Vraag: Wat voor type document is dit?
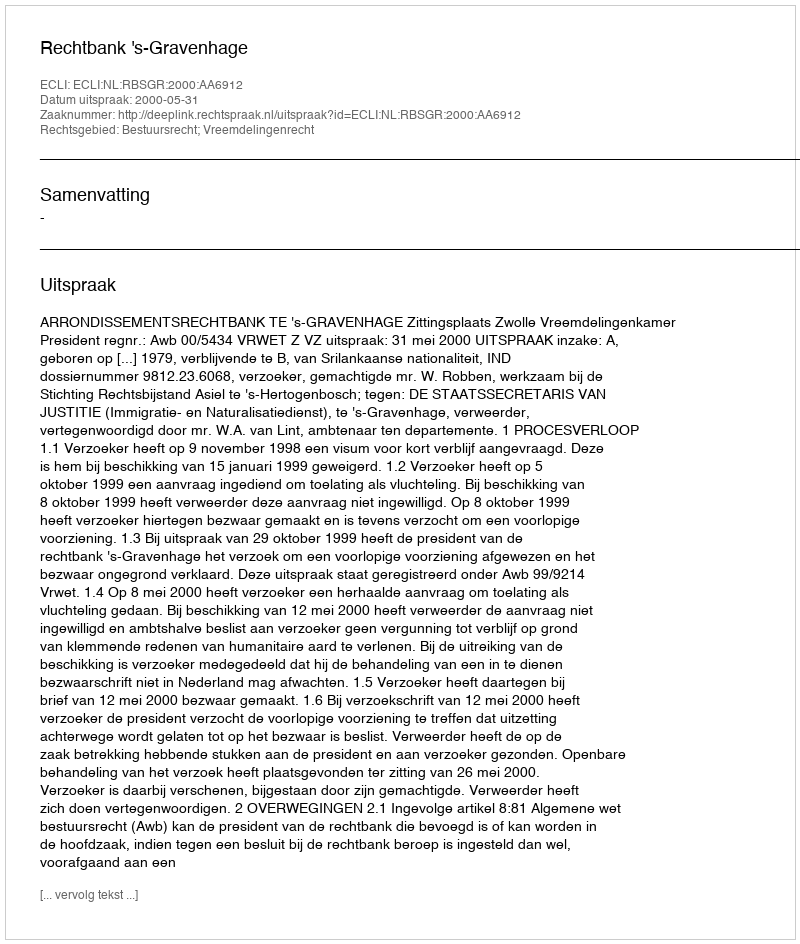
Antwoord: Uitspraak